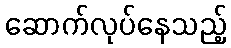
ဆောက်လုပ်နေသည့်